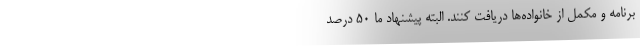
برنامه و مکمل از خانواده‌ها دریافت کنند. البته پیشنهاد ما ۵۰ درصد